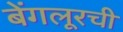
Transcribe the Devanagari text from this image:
बेंगलूरची